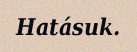
Hatásuk.